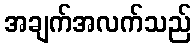
အချက်အလက်သည်